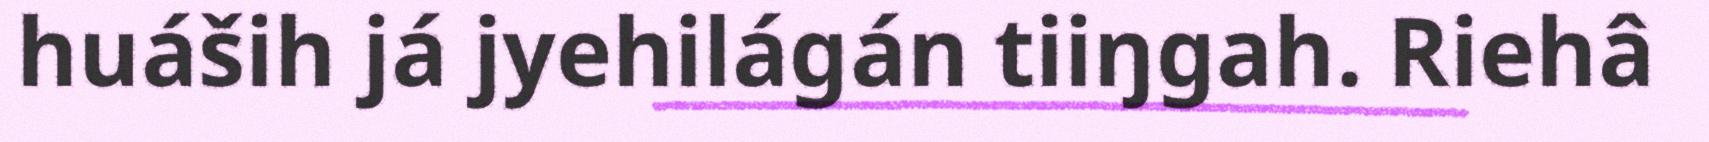
huáših já jyehilágán tiiŋgah. Riehâ